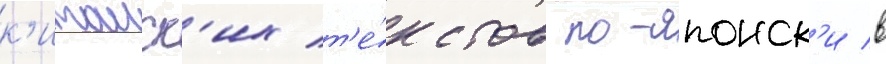
к'итаиск'их т'е́кстов по-японск'и в